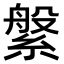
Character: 縏